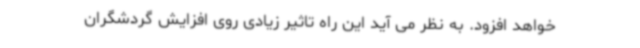
خواهد افزود. به نظر می آید این راه تاثیر زیادی روی افزایش گردشگران